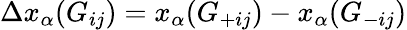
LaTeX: \Delta x_{\alpha}(G_{ij})=x_{\alpha}(G_{+ij})-x_{\alpha}(G_{-ij})